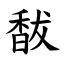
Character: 馛